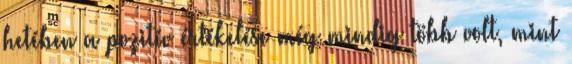
hetében a pozitív értékelése még mindig több volt, mint